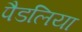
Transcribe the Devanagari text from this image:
पैडलिया